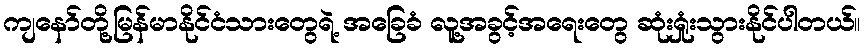
ကျနော်တို့မြန်မာနိုင်ငံသားတွေရဲ့ အခြေခံ လူ့အခွင့်အရေးတွေ ဆုံးရှုံးသွားနိုင်ပါတယ်။